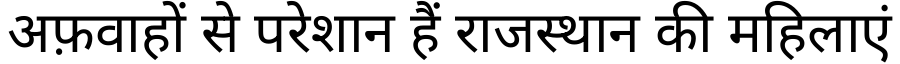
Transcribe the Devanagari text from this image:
अफ़वाहों से परेशान हैं राजस्थान की महिलाएं